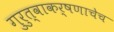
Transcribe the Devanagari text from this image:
गुरुत्वाकर्षणाचेच